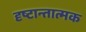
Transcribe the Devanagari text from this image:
दृष्टान्तात्मक